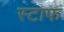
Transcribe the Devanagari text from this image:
स्टाफ